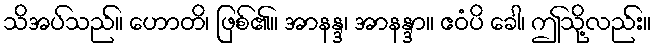
သိအပ်သည်။ ဟောတိ၊ ဖြစ်၏။ အာနန္ဒ၊ အာနန္ဒာ။ ဧဝံပိ ခေါ၊ ဤသို့လည်း။